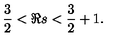
\frac { 3 } { 2 } < \Re s < \frac { 3 } { 2 } + 1 .